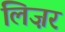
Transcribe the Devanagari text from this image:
लिज़र